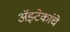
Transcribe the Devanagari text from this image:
अॅझ्टेकांचे